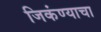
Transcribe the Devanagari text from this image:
जिकंण्याचा